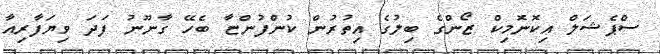
ސްޕެޝަލް އިކޮނޮމިކް ޒޯންގެ ބިލުގެ އިތުރުން ކުންފުންޏާ ބެހޭ ގާނޫނު ފަދަ ވިޔަފާރިއާ